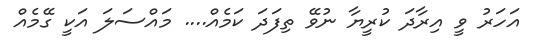
އަހަރު ވީ އިރާދަ ކުރީޔާ ނުވޭ ތިފަދަ ކަމެއް.... މައްސަލަ އަކީ ގޭމެއް